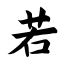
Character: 若